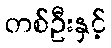
တစ်ဦးနှင့်